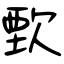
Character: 歅